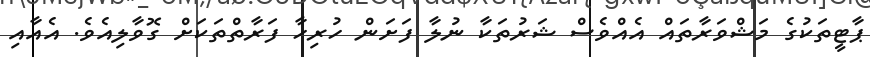
ޕާޓީތަކުގެ މަޝްވަރާތައް އެއްވެސް ޝަރުތަކާ ނުލާ ފަށަން ހުރިހާ ފަރާތްތަކަށް ގޮވާލިއެވެ. އެއާއި